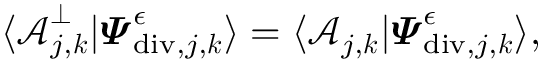
\begin{array} { r } { \langle \boldsymbol { \mathcal { A } } _ { j , \boldsymbol { k } } ^ { \bot } | \boldsymbol { \varPsi } _ { \mathrm { d i v } , j , \boldsymbol { k } } ^ { \epsilon } \rangle = \langle \boldsymbol { \mathcal { A } } _ { j , \boldsymbol { k } } | \boldsymbol { \varPsi } _ { \mathrm { d i v } , j , \boldsymbol { k } } ^ { \epsilon } \rangle , } \end{array}